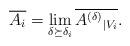
LaTeX: \begin{align*}\overline{A_i}=\lim_{\delta\succeq\delta_i}\overline{{A^{(\delta)}}_{|V_i}}.\end{align*}